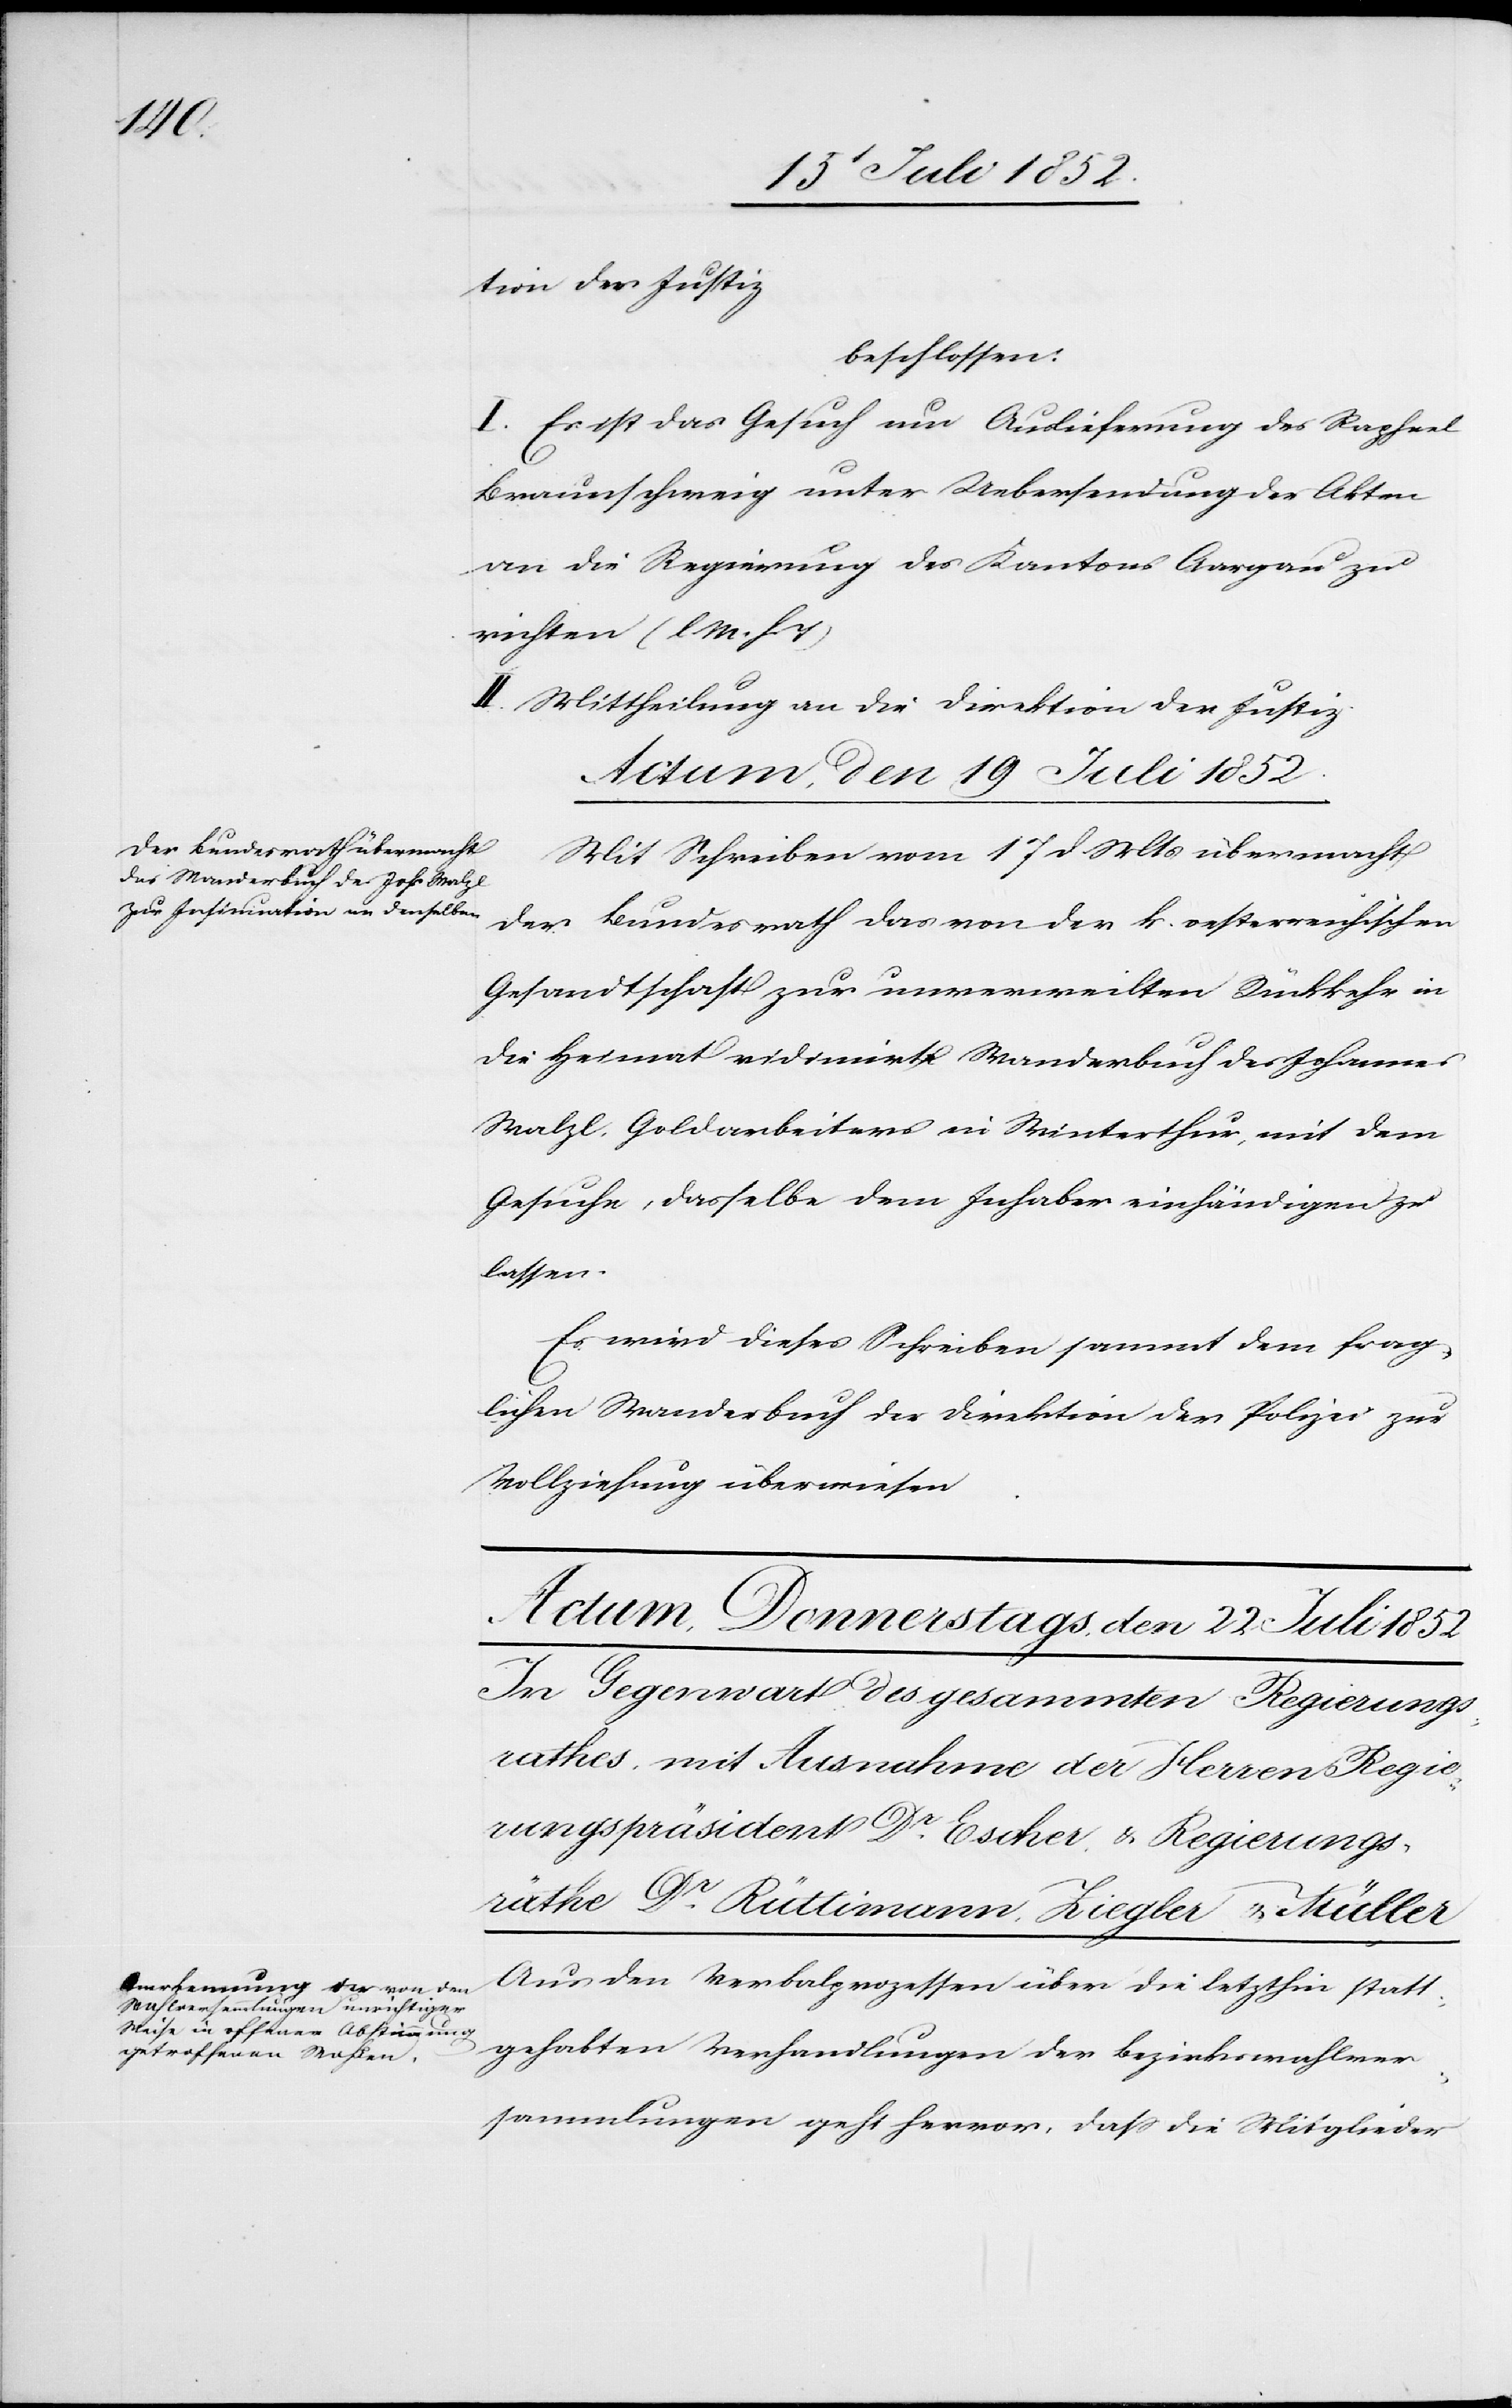
tion der Justiz
beschlossen:
I. Es ist das Gesuch um Auslieferung des Raphael
Braunschweig unter Uebersendung der Akten
an die Regierung des Kantons Aargau zu
richten (l M. h T)
II. Mittheilung an die Direktion der Justiz.
Actum, den 19 Juli 1852.
Mit Schreiben vom 17 d Mts übermacht
der Bundesrath das von der k. oesterreichischen
Gesandtschaft zur unverweilten Rückkehr in
die Heimat vidimirte Wanderbuch des Johannes
Walzl, Goldarbeiters in Winterthur, mit dem
Gesuche, dasselbe dem Inhaber einhändigen zu
lassen.
Es wird dieses Schreiben sammt dem frag¬
lichen Wanderbuch der Direktion der Polizei zur
Vollziehung überwiesen.
Aus den Verbalprozessen über die letzthin statt¬
gehabten Verhandlungen der Bezirkswahlver¬
sammlungen geht hervor, dass die Mitglieder